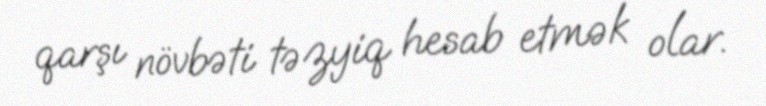
qarşı növbəti təzyiq hesab etmək olar.